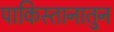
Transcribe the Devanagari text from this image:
पाकिस्तानातुन